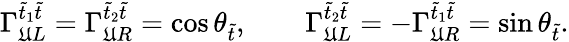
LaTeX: \Gamma_{\mathfrak{U}L}^{\tilde{{t}}_{1}\tilde{{t}}}=\Gamma_{\mathfrak{U}R}^{\tilde{{t}}_{2}\tilde{{t}}}=\cos\theta_{\tilde{{t}}},\qquad\Gamma_{\mathfrak{U}L}^{\tilde{{t}}_{2}\tilde{{t}}}=-\Gamma_{\mathfrak{U}R}^{\tilde{{t}}_{1}\tilde{{t}}}=\sin\theta_{\tilde{{t}}}.